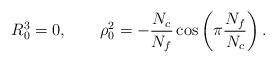
LaTeX: \begin{align*}R^3_0=0, \qquad \rho^2_0 =-\frac{N_c}{N_f}\cos\left(\pi\frac{N_f}{N_c}\right).\end{align*}